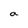
Character: a